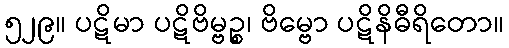
၅၂၉။ ပဋိမာ ပဋိဗိမ္ဗဉ္စ၊ ဗိမ္ဗော ပဋိနိဓီရိတော။